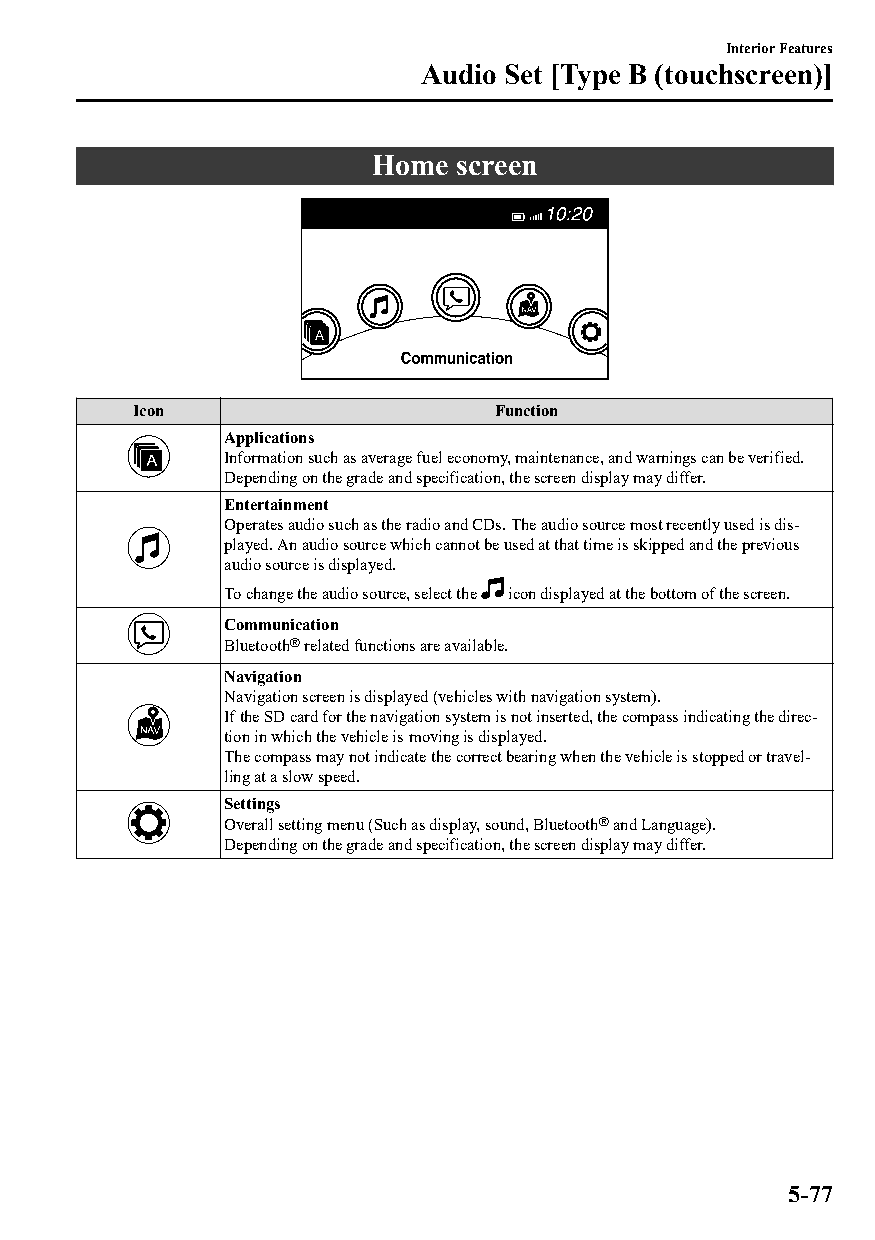
Interior Features
 Audio Set [Type B (touchscreen)]
 Home  screen
 Icon                   Function
 Applications
 Information such as average fuel economy, maintenance, and warnings can be verified.
 Depending on the grade and specification, the screen display may differ.
 Entertainment
 Operates audio such as the radio and CDs. The audio source most recently used is dis‐
 played. An audio source which cannot be used at that time is skipped and the previous
 audio source is displayed.
 To change the audio source, select the icon displayed at the bottom of the screen.
 Communication
 Bluetooth® related functions are available.
 Navigation
 Navigation screen is displayed (vehicles with navigation system).
 If the SD card for the navigation system is not inserted, the compass indicating the direc‐
 tion in which the vehicle is moving is displayed.
 The compass may not indicate the correct bearing when the vehicle is stopped or travel‐
 ling at a slow speed.
 Settings
 Overall setting menu (Such as display, sound, Bluetooth® and Language).
 Depending on the grade and specification, the screen display may differ.
 5-77
 CX-3_8GT4-EE-18D_Edition4                  2018-9-6 18:32:19